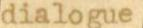
dialogue